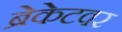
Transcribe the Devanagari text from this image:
ब्रेकेटवर